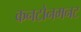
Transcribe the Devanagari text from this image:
कनटोनमनट